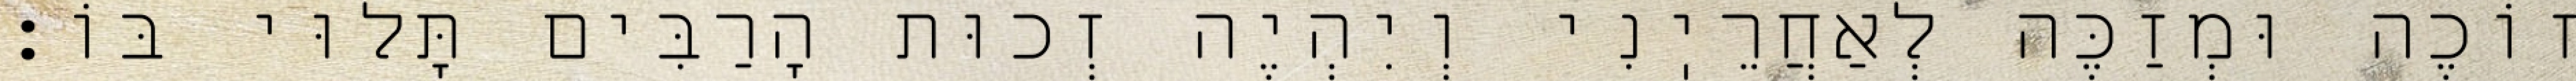
זוֹכֶה וּמְזַכֶּה לְאַחֲרֵיֽנִי וְיִהְיֶה זְכוּת הָרַבִּים תָּלוּי בּוֹ: